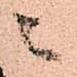
ニ